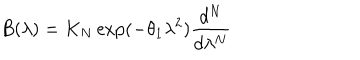
LaTeX: B ( \lambda ) = K _ { N } \exp ( - \theta _ { 1 } \lambda ^ { 2 } ) \frac { d ^ { N } } { d \lambda ^ { N } }